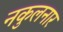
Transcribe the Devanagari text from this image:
नकुलनार